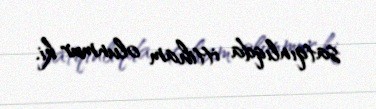
satqınlıqda ittiham olunmur ki.